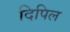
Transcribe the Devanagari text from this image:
दिपिल